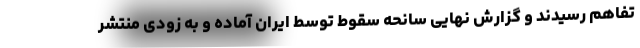
تفاهم رسیدند و گزارش نهایی سانحه سقوط توسط ایران آماده و به زودی منتشر